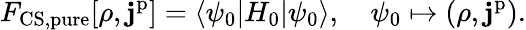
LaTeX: F_{\mathrm{CS,pure}}[\rho,\mathbf{j}^{\mathrm{p}}]=\langle\psi_{0}|H_{0}|\psi_{0}\rangle,\quad\psi_{0}\mapsto(\rho,\mathbf{j}^{\mathrm{p}}).